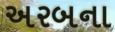
અરબના